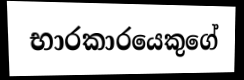
භාරකාරයෙකුගේ